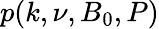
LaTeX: p(k,\nu,B_{0},P)